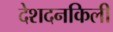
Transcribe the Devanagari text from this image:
देशदनकिली